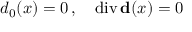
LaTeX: d _ { 0 } ( x ) = 0 \, , \quad \mathrm { d i v } \, { \bf d } ( x ) = 0